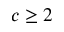
c \geq 2